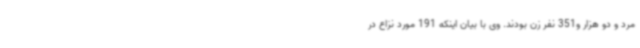
مرد و دو هزار و351 نفر زن بودند. وی با بیان اینکه 191 مورد نزاع در